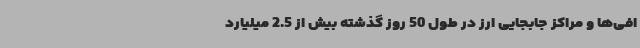
افی‌ها و مراکز جابجایی ارز در طول 50 روز گذشته بیش از 2.5 میلیارد